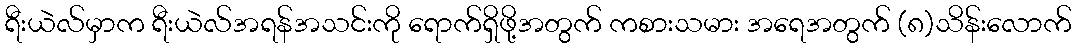
ရီးယဲလ်မှာက ရီးယဲလ်အရန်အသင်းကို ရောက်ရှိဖို့အတွက် ကစားသမား အရေအတွက် (၈)သိန်းလောက်